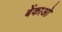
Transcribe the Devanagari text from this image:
बेंकाओ